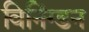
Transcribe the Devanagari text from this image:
विनिंग्डन